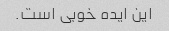
این ایده خوبی است.